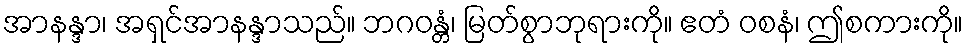
အာနန္ဒာ၊ အရှင်အာနန္ဒာသည်။ ဘဂဝန္တံ၊ မြတ်စွာဘုရားကို။ ဧတံ ဝစနံ၊ ဤစကားကို။